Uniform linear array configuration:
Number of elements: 64
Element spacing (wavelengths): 0.25
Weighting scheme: binomial
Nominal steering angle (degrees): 0
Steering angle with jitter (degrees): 0.8253
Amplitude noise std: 0.05
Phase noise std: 0.05

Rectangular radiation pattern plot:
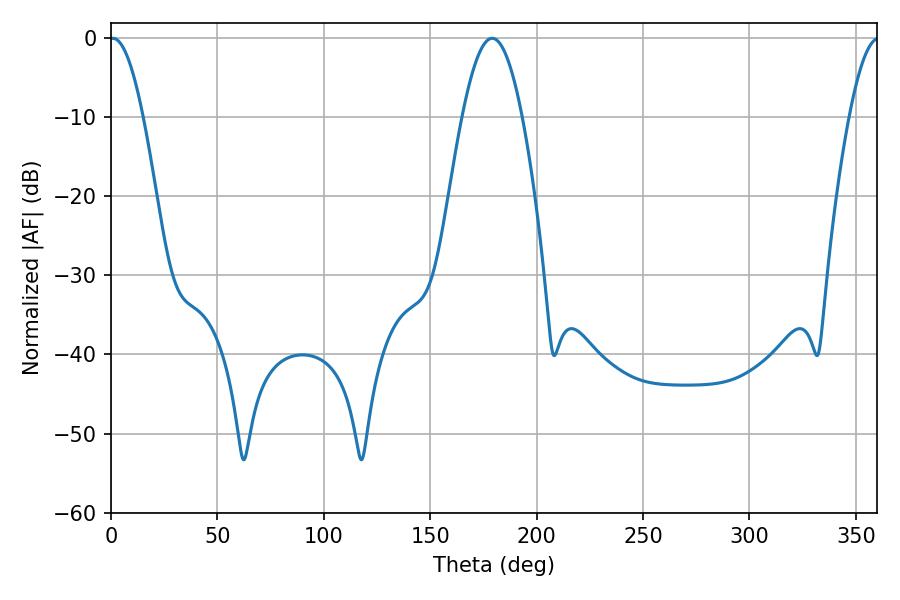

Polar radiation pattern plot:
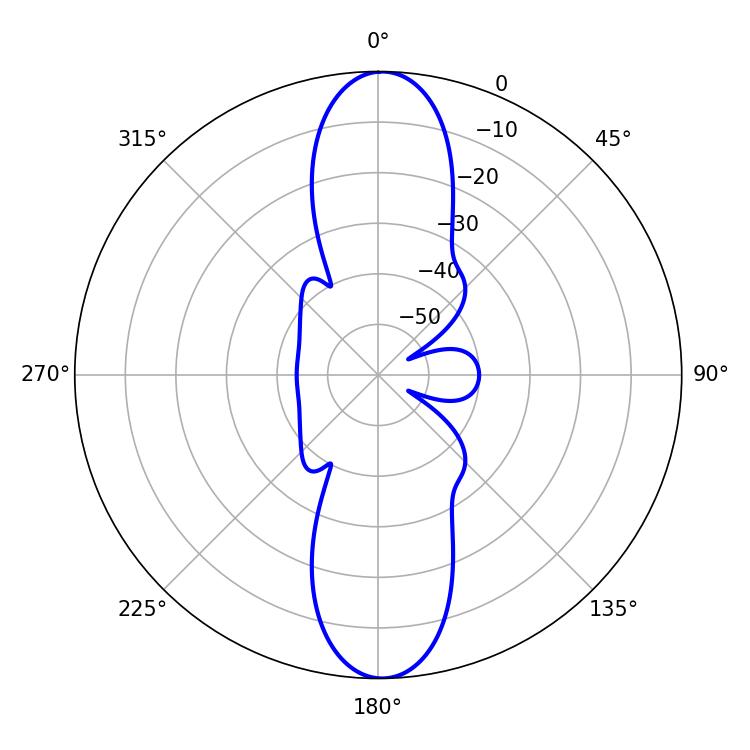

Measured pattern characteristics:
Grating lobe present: FALSE
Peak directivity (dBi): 23.203
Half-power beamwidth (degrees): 8.46
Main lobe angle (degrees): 0.9